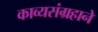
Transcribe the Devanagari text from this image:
काव्यसंग्रहाने